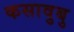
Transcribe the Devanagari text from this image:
कसावुबु